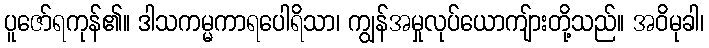
ပူဇော်ရကုန်၏။ ဒါသကမ္မကာရပေါရိသာ၊ ကျွန်အမှုလုပ်ယောကျ်ားတို့သည်။ အဝိမုခါ၊